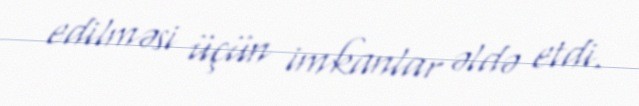
edilməsi üçün imkanlar əldə etdi.